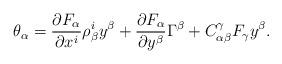
LaTeX: \begin{align*} \theta_{\alpha}=\frac{\partial F_{\alpha}}{\partial x^{i}}\rho^{i}_{\beta}y^{\beta}+\frac{\partial F_{\alpha}}{\partial y^{\beta}}\Gamma^{\beta}+C^{\gamma}_{\alpha\beta}F_{\gamma}y^{\beta}.\end{align*}